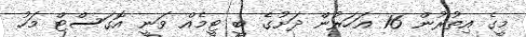
މީގެ އިތުރުން 16 އަހަރުން ދަށުގެ ބީ ޓީމެއް ވަނީ އޮގަސްޓް މަހު